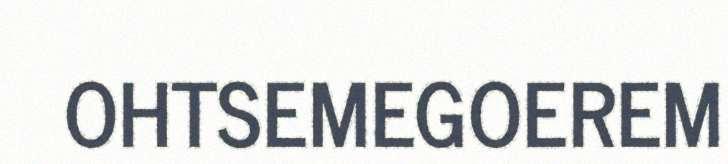
OHTSEMEGOEREM